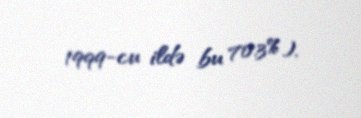
1999-cu ildə bu 70.3%).